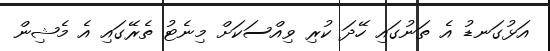
އަޅުގަނޑު އެ ތަނުގައި ހޭދަ ކުރި ވިއްސަކަށް މިނެޓު ތެރޭގައި އެ މެޝިން